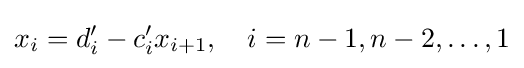
x_{i}=d'_{i}-c'_{i}x_{i+1},\quad i=n-1,n-2,\ldots ,1